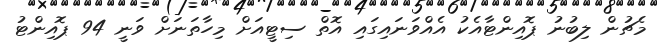
މެޗުން ލިބުނު ޕޮއިންޓާއެކު އެއްވަނައިގައި އޮތް ސިޓީއަށް މިހާތަނަށް ވަނީ 94 ޕޮއިންޓު